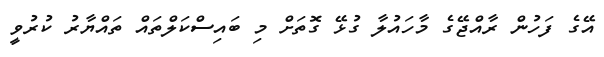
އޭގެ ފަހުން ރާއްޖޭގެ މާހައުލާ ގުޅޭ ގޮތަށް މި ބައިސްކަލްތައް ތައްޔާރު ކުރުވީ